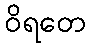
ဝိရတေ